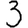
Digit: 3